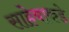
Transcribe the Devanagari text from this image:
साहेबाकडे